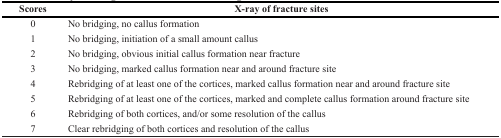
| Scores | X-ray of fracture sites |
 | --- | --- |
 | 0 | No bridging, no callus formation |
 | 1 | No bridging, initiation of a small amount callus |
 | 2 | No bridging, obvious initial callus formation near fracture |
 | 3 | No bridging, marked callus formation near and around fracture site |
 | 4 | Rebridging of at least one of the cortices, marked callus formation near and around fracture site |
 | 5 | Rebridging of at least one of the cortices, marked and complete callus formation around fracture site |
 | 6 | Rebridging of both cortices, and/or some resolution of the callus |
 | 7 | Clear rebridging of both cortices and resolution of the callus |